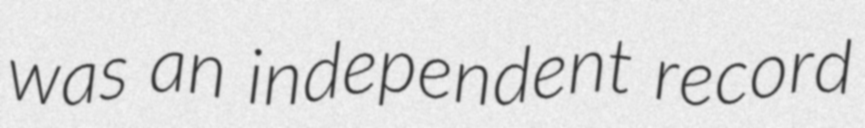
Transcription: was an independent record